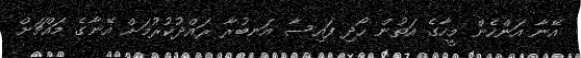
އޭނާ އަންހެން މީހާގެ އަތުން ހޯދި ފައިސާ އަނބުރާ ރައްދުކުރުމަށް އޭނާގެ މައްޗަށް